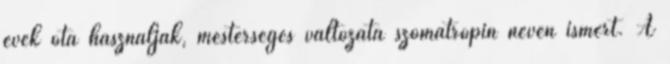
évek óta használják, mesterséges változata szomatropin néven ismert. A